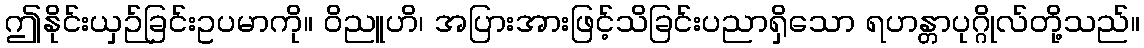
ဤနိုင်းယှဉ်ခြင်းဥပမာကို။ ဝိညူဟိ၊ အပြားအားဖြင့်သိခြင်းပညာရှိသော ရဟန္တာပုဂ္ဂိုလ်တို့သည်။